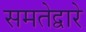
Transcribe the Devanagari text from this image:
समतेद्वारे